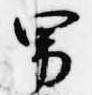
男